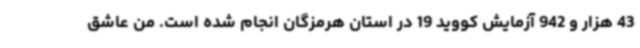
43 هزار و 942 آزمایش کووید 19 در استان هرمزگان انجام شده است. من عاشق